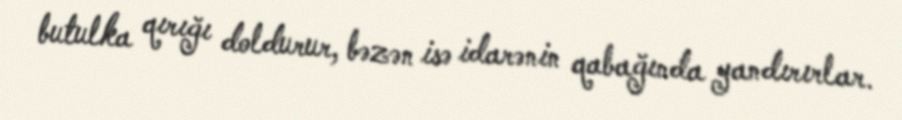
butulka qırığı doldurur, bəzən isə idarənin qabağında yandırırlar.